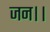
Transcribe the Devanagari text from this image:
जन।।